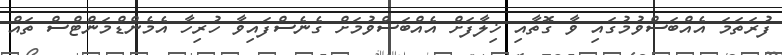
ފުރަތަމަ އެއްބަސްވުމުގައި ވާ ގޮތާއި ޚިލާފަށް އެއްބަސްވުމަށް ގެނެސްފައިވާ ހުރިހާ އެމެންޑްމަންޓްސް ތައް